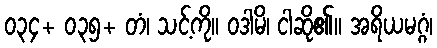
၀၃၄+ ၀၃၅+ တံ၊ သင့်ကို။ ဝဒါမိ၊ ငါဆို၏။ အရိယမဂ္ဂံ၊